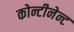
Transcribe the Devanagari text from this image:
कोन्टीनेन्ट